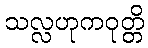
သလ္လဟုကဝုတ္တိ